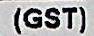
(GST)